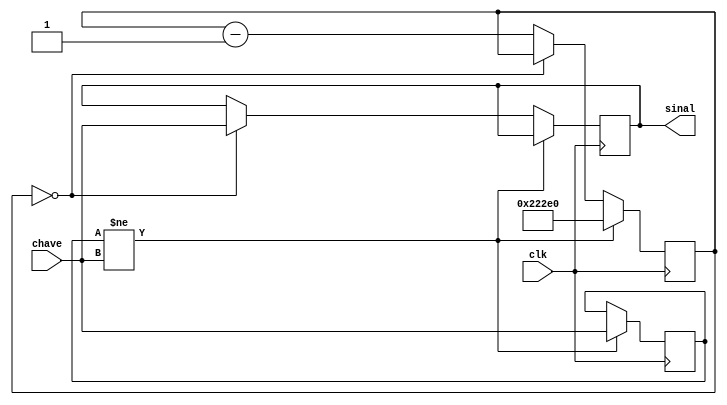
module debounce(input clk, input chave, output reg sinal);
   reg [19:0]cnt;
	reg chTemp;
	always @(posedge clk) begin
	   if (chTemp != chave) begin
		  cnt <= 20'h222e0;
		  chTemp <= chave;
		end else if (cnt==0) 
		          sinal <= chave;
				  else cnt = cnt-20'd1;	 
				 
	end
endmodule